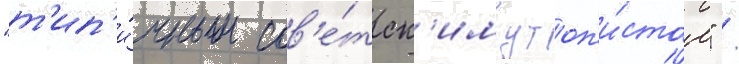
"т'ип'и́чным сов'е́тск'им утоп'и́стом" /